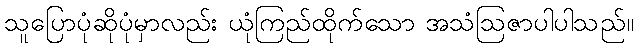
သူပြောပုံဆိုပုံမှာလည်း ယုံကြည်ထိုက်သော အသံဩဇာပါပါသည်။